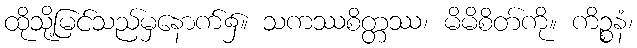
ထိုသို့မြင်သည်မှနောက်၌။ သကဿစိတ္တဿ၊ မိမိစိတ်ကို။ ကိဉ္စနံ၊